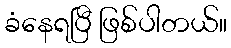
ခံနေရပြီ ဖြစ်ပါတယ်။